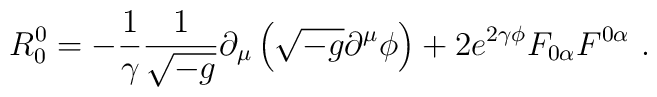
R_0^0 =  - \frac{1}{\gamma} \frac{1}{\sqrt{-g}} \partial_\mu \left(\sqrt{-g} \partial^\mu \phi\right) +  2 e^{2 \gamma \phi}   F_{0\alpha} F^{0\alpha} \ .